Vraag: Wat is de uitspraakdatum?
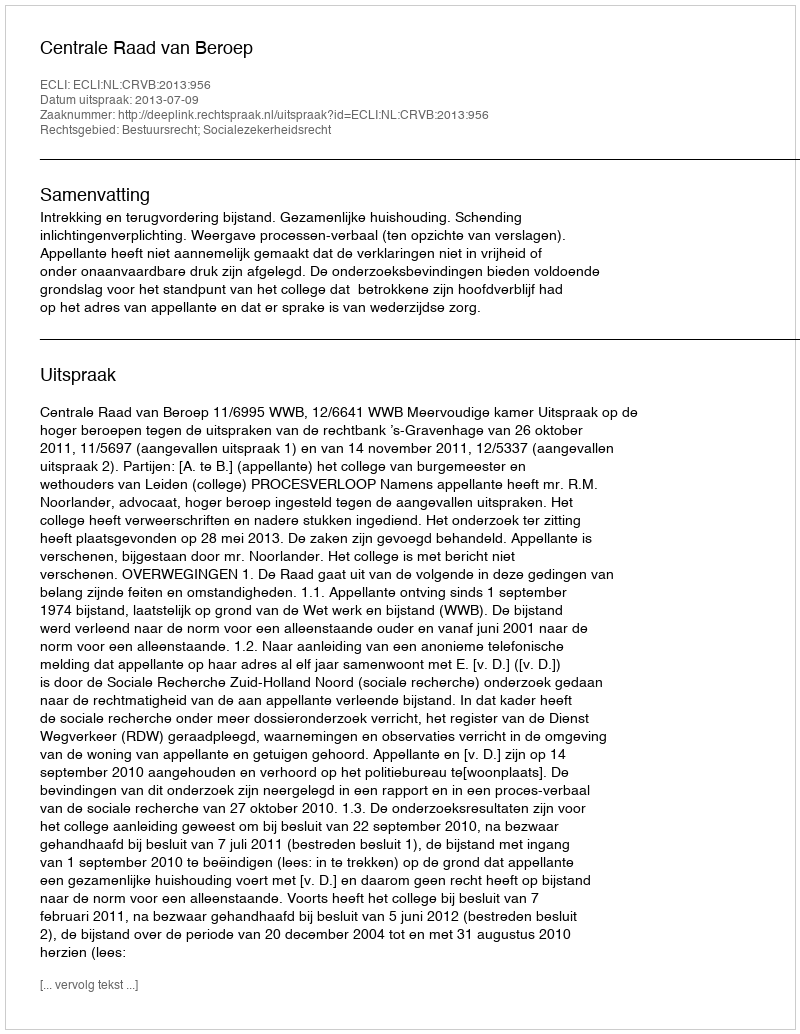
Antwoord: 2013-07-09